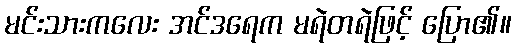
မင်းသားကလေး အင်ဒရေက မရဲတရဲဖြင့် ပြော၏။